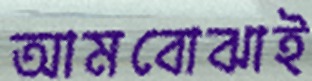
আমবোঝাই